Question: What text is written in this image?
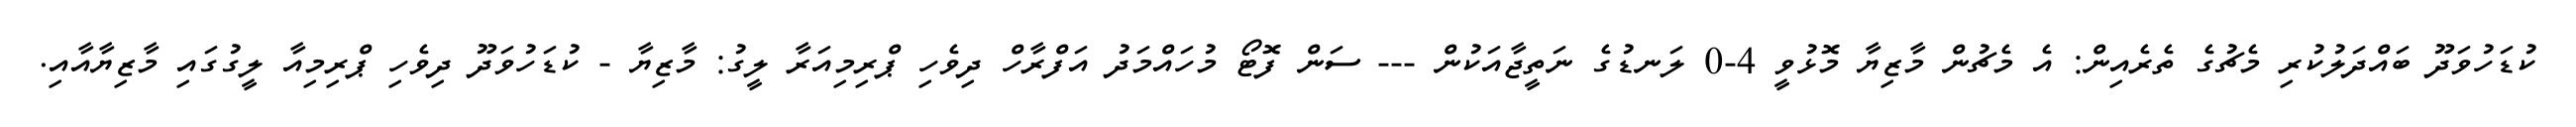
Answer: ކުޑަހުވަދޫ ބައްދަލުކުރި މެޗުގެ ތެރެއިން: އެ މެޗުން މާޒިޔާ މޮޅުވީ 4-0 ލަނޑުގެ ނަތީޖާއަކުން --- ސަން ފޮޓޯ މުހައްމަދު އަފްރާހް ދިވެހި ޕްރިމިއަރާ ލީގު: މާޒިޔާ - ކުޑަހުވަދޫ ދިވެހި ޕްރިމިއާ ލީގުގައި މާޒިޔާއާއި.